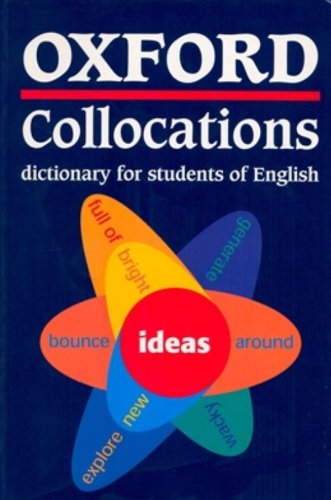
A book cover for Oxford Collocations Dictionary for Students of English; Reference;